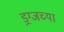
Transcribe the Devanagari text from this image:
ड्रग्जच्या